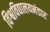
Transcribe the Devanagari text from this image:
विश्वविद्यालयभंडार